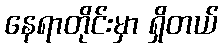
နေရာတိုင်းမှာ ရှိတယ်